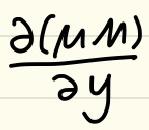
\frac{\partial(\mu M)}{\partial y}